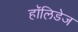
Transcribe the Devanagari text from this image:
हॉलिडेज